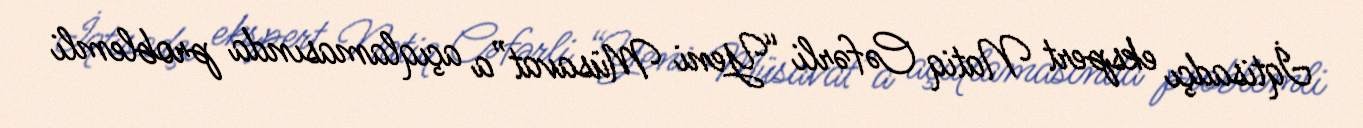
İqtisadçı ekspert Natiq Cəfərli “Yeni Müsavat”a açıqlamasında problemli